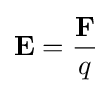
\mathbf {E} ={\mathbf {F}  \over q}\,\!